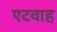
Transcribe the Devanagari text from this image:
एटवाह